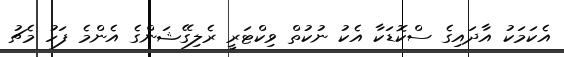
އެކަމަކު އާދައިގެ ސްކޮޑަކާ އެކު ނުކުތް ވިކްޓަރީ ރެލިގޭޝަންގެ އެންމެ ފަހު މެޗު